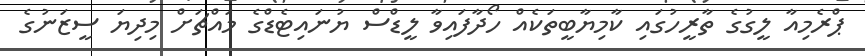
ޕްރެމިއާ ލީގުގެ ތާރީހުގައި ކާމިޔާބީތަކެއް ހޯދާފައިވާ ލީޑްސް ޔުނައިޓެޑްގެ މައްޗަށް މިދިޔަ ސީޒަނުގެ